Juuru_vallavalitsus, lk 53
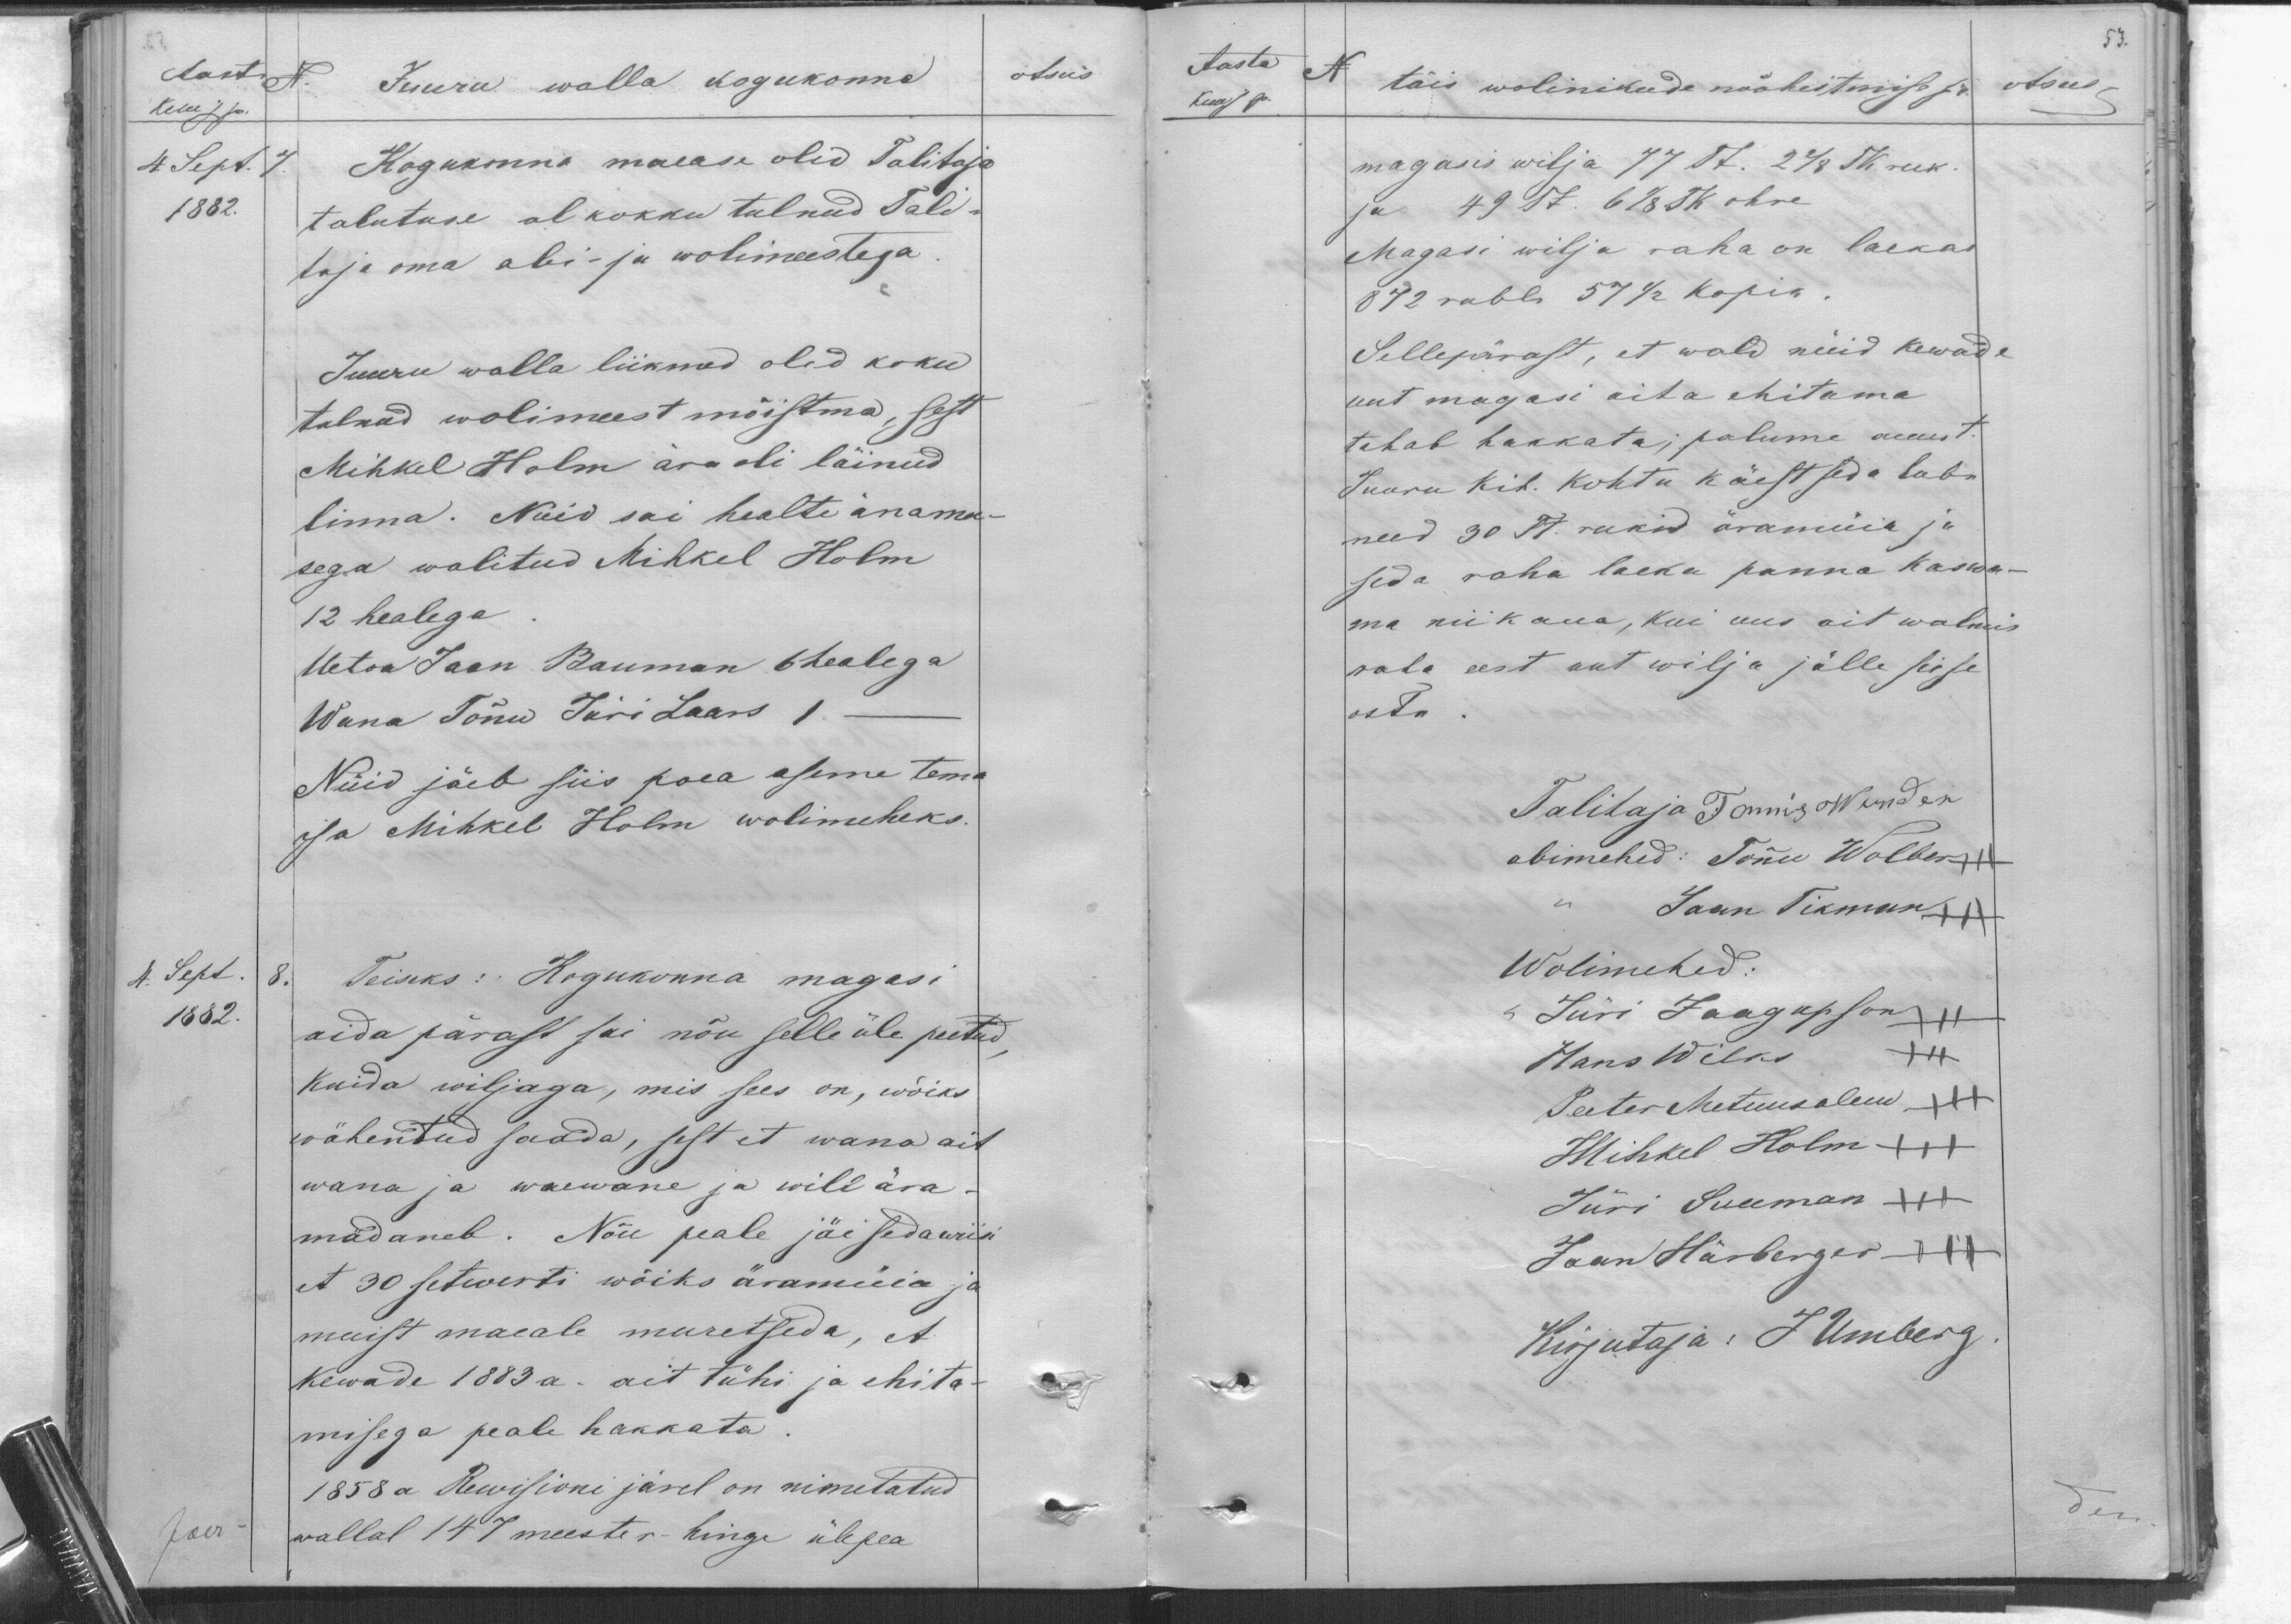
Aasta N.
Kuu j p.
4 Sept. 7.
1882.
Juuru walla kogukonna
otsus
Kogukonna maease olid Talitaja
talutuse al kokku tulnud Tali-
taja oma abi- ja wolimeestega
Juuru walla liikmed olid koku
tulnud wolimeest mõistma, sest
Mihkel Holm ära oli läinud
linna. Nüid sai healte änamu-
sega walitud Mihkel Holm
12 healega.
Uetoa Jaan Bauman 6 healega
Wana Tõnu Jüri Laars 1 -
Nüid jäeb siis poea aseme tema
ja Mihkel Holm wolimeheks.
4. Sept. 8.
1882.
Teiseks: Kogukonna magasi
aida pärast sai nõu selle üle peetud,
Kuida wiljaga, mis sees on, wõiks
wähentud saada, sest et wana ait
wana ja waewane ja wili ära.
mädaneb. Nõu peale jäi sedawiisi
et 30 setwerti wõiks äramüia ja
muist maeale muretseda, et
Kewade 1883 a. ait tühi ja ehita-
misega peale hakkata .
1858 a Rewisioni järel on nimetatud
wallal 147 meeste r-hinge ülepea

53.
Aasta
N
Kuu j p.
täis wolinikude nõuheitmise pr.
otsus
magasis wilja 77 St. 278 Tk ruk.
ja 49 St. 6 1/8 Tk ohre
Magasi wilja raha on laekas
872 rubla 57 1/2 kopik.
Sellepärast, et wald nüid kewade
uut magasi aita ehitama
tahab hakkata; palume auust.
Juuru kih. kohtu käest seda luba
need 30 Tt. rukid äramüia ja
seda raha laeka panna kaswa-
ma nii kaua, kui uus ait walmis
raha eest uut wilja jälle seise
osta .
Talitaja Tõnnis Wunder
abimehed: Tõnu Wolber +++
Jaan Tikman +++
Wolimehed:
Jüri Jaagupson ++
Hans Wilks
Peeter Metuusalem +++
Mihkel Holm XXX
Jüri Suuman +++
Jaan Härberger +++
Kirjutaja: J Umberg